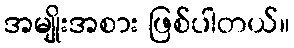
အမျိုးအစား ဖြစ်ပါတယ်။